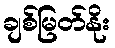
ချစ်မြတ်နိုး